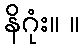
နိဂုံး။ ။